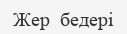
Жер  бедері